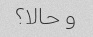
و حالا؟